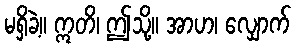
မရှိခဲ့။ ဣတိ၊ ဤသို့။ အာဟ၊ လျှောက်